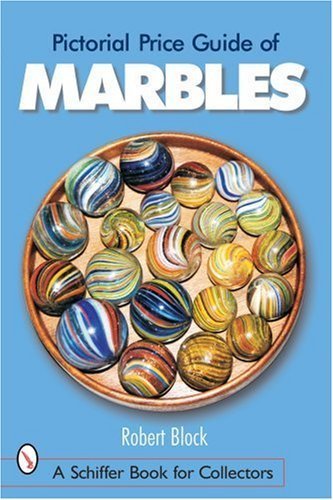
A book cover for Pictorial Price Guide of Marbles (Schiffer Book for Collectors) by Block, Robert S. (2007) Paperback; Robert S. Block; Crafts, Hobbies & Home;